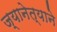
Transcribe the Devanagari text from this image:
ज्यानेत्याने